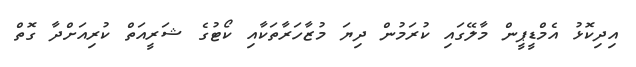
އިދިކޮޅު އެމްޑީޕީން މާލޭގައި ކުރަމުން ދިޔަ މުޒާހަރާތަކާއި ކޯޓުގެ ޝަރީއަތް ކުރިއަށްދާ ގޮތް